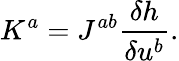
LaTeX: K^{a}=J^{ab}\frac{\delta h}{\delta u^{b}}.